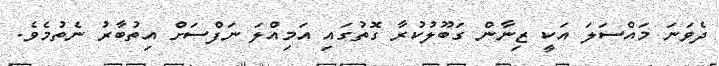
ދެވަނަ މައްސަލަ އަކީ ޒިނާން ގަބޫލުކުރާ ގޮތުގައި އަމިއްލަ ނަފްސަށް އިތުބާރު ނެތުމެވެ.